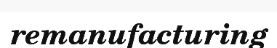
remanufacturing